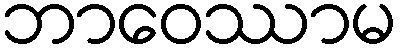
ဘာဝေဿာမ